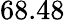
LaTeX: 68.48